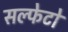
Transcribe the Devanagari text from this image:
सल्फेटो